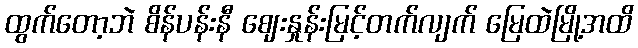
ထွက်တော့ဘဲ စိန်ပန်းနီ ဈေးနှုန်းမြင့်တက်လျက် မြေထဲမြို့အထိ